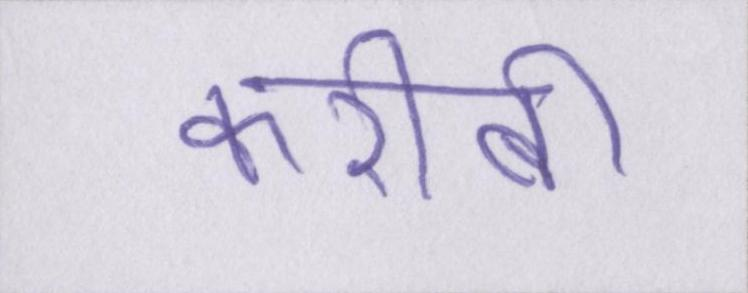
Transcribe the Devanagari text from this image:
करीबी